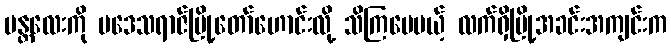
မန္တလေးကို ပဒေသရာဇ်မြို့တော်ဟောင်းလို့ သိကြပေမယ့် လက်ရှိမြို့အခင်းအကျင်းက